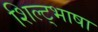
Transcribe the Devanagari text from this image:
शिल्ट्भाषा